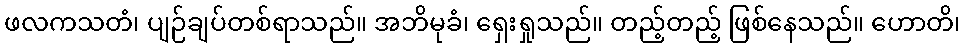
ဖလကသတံ၊ ပျဉ်ချပ်တစ်ရာသည်။ အဘိမုခံ၊ ရှေးရှုသည်။ တည့်တည့် ဖြစ်နေသည်။ ဟောတိ၊